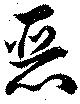
惡